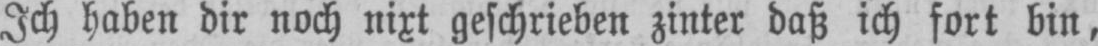
Ich haben dir noch nixt geschrieben zinter daß ich fort bin,